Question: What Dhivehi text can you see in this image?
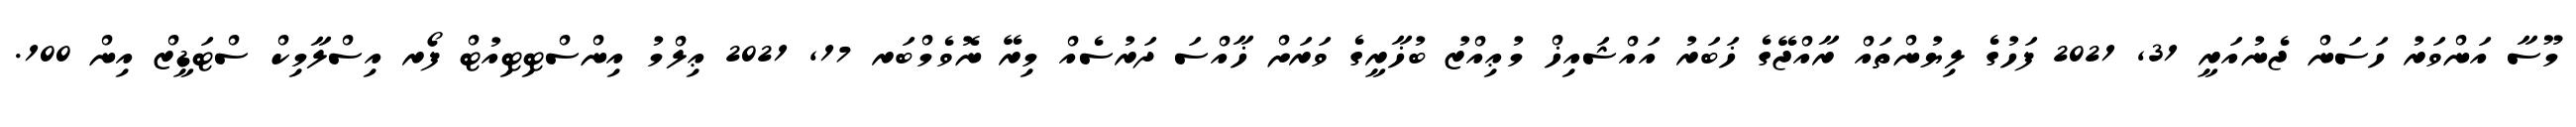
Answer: މޫސާ އަންވަރު ހަސަން ޖެނުއަރީ 31, 2021 ފަހުގެ ލިޔުންތައް ރާއްޖޭގެ ޚަބަރު އައްޝައިޚް މުޢިއްޒު ބުޚާރީގެ ވަރަށް ޚާއްސަ ދަރުސެއް މިރޭ ނޮވެމްބަރ 17, 2021 ޢިލްމު އިންސްޓިޓިއުޓް ފޯރ އިސްލާމިކް ސްޓަޑީޒް އިން 100.